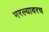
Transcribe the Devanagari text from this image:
भरल्यावरच